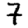
Digit: 7